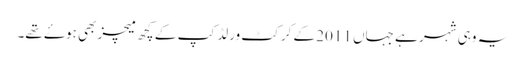
یہ وہی شہر ہے جہاں 2011 کے کرکٹ ورلڈ کپ کے کچھ میچز بھی ہوۓ تھے۔